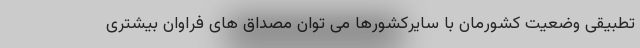
تطبیقی وضعیت کشورمان با سایرکشورها می توان مصداق های فراوان بیشتری